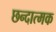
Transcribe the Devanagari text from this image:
छन्दात्मक